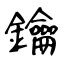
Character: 鑰